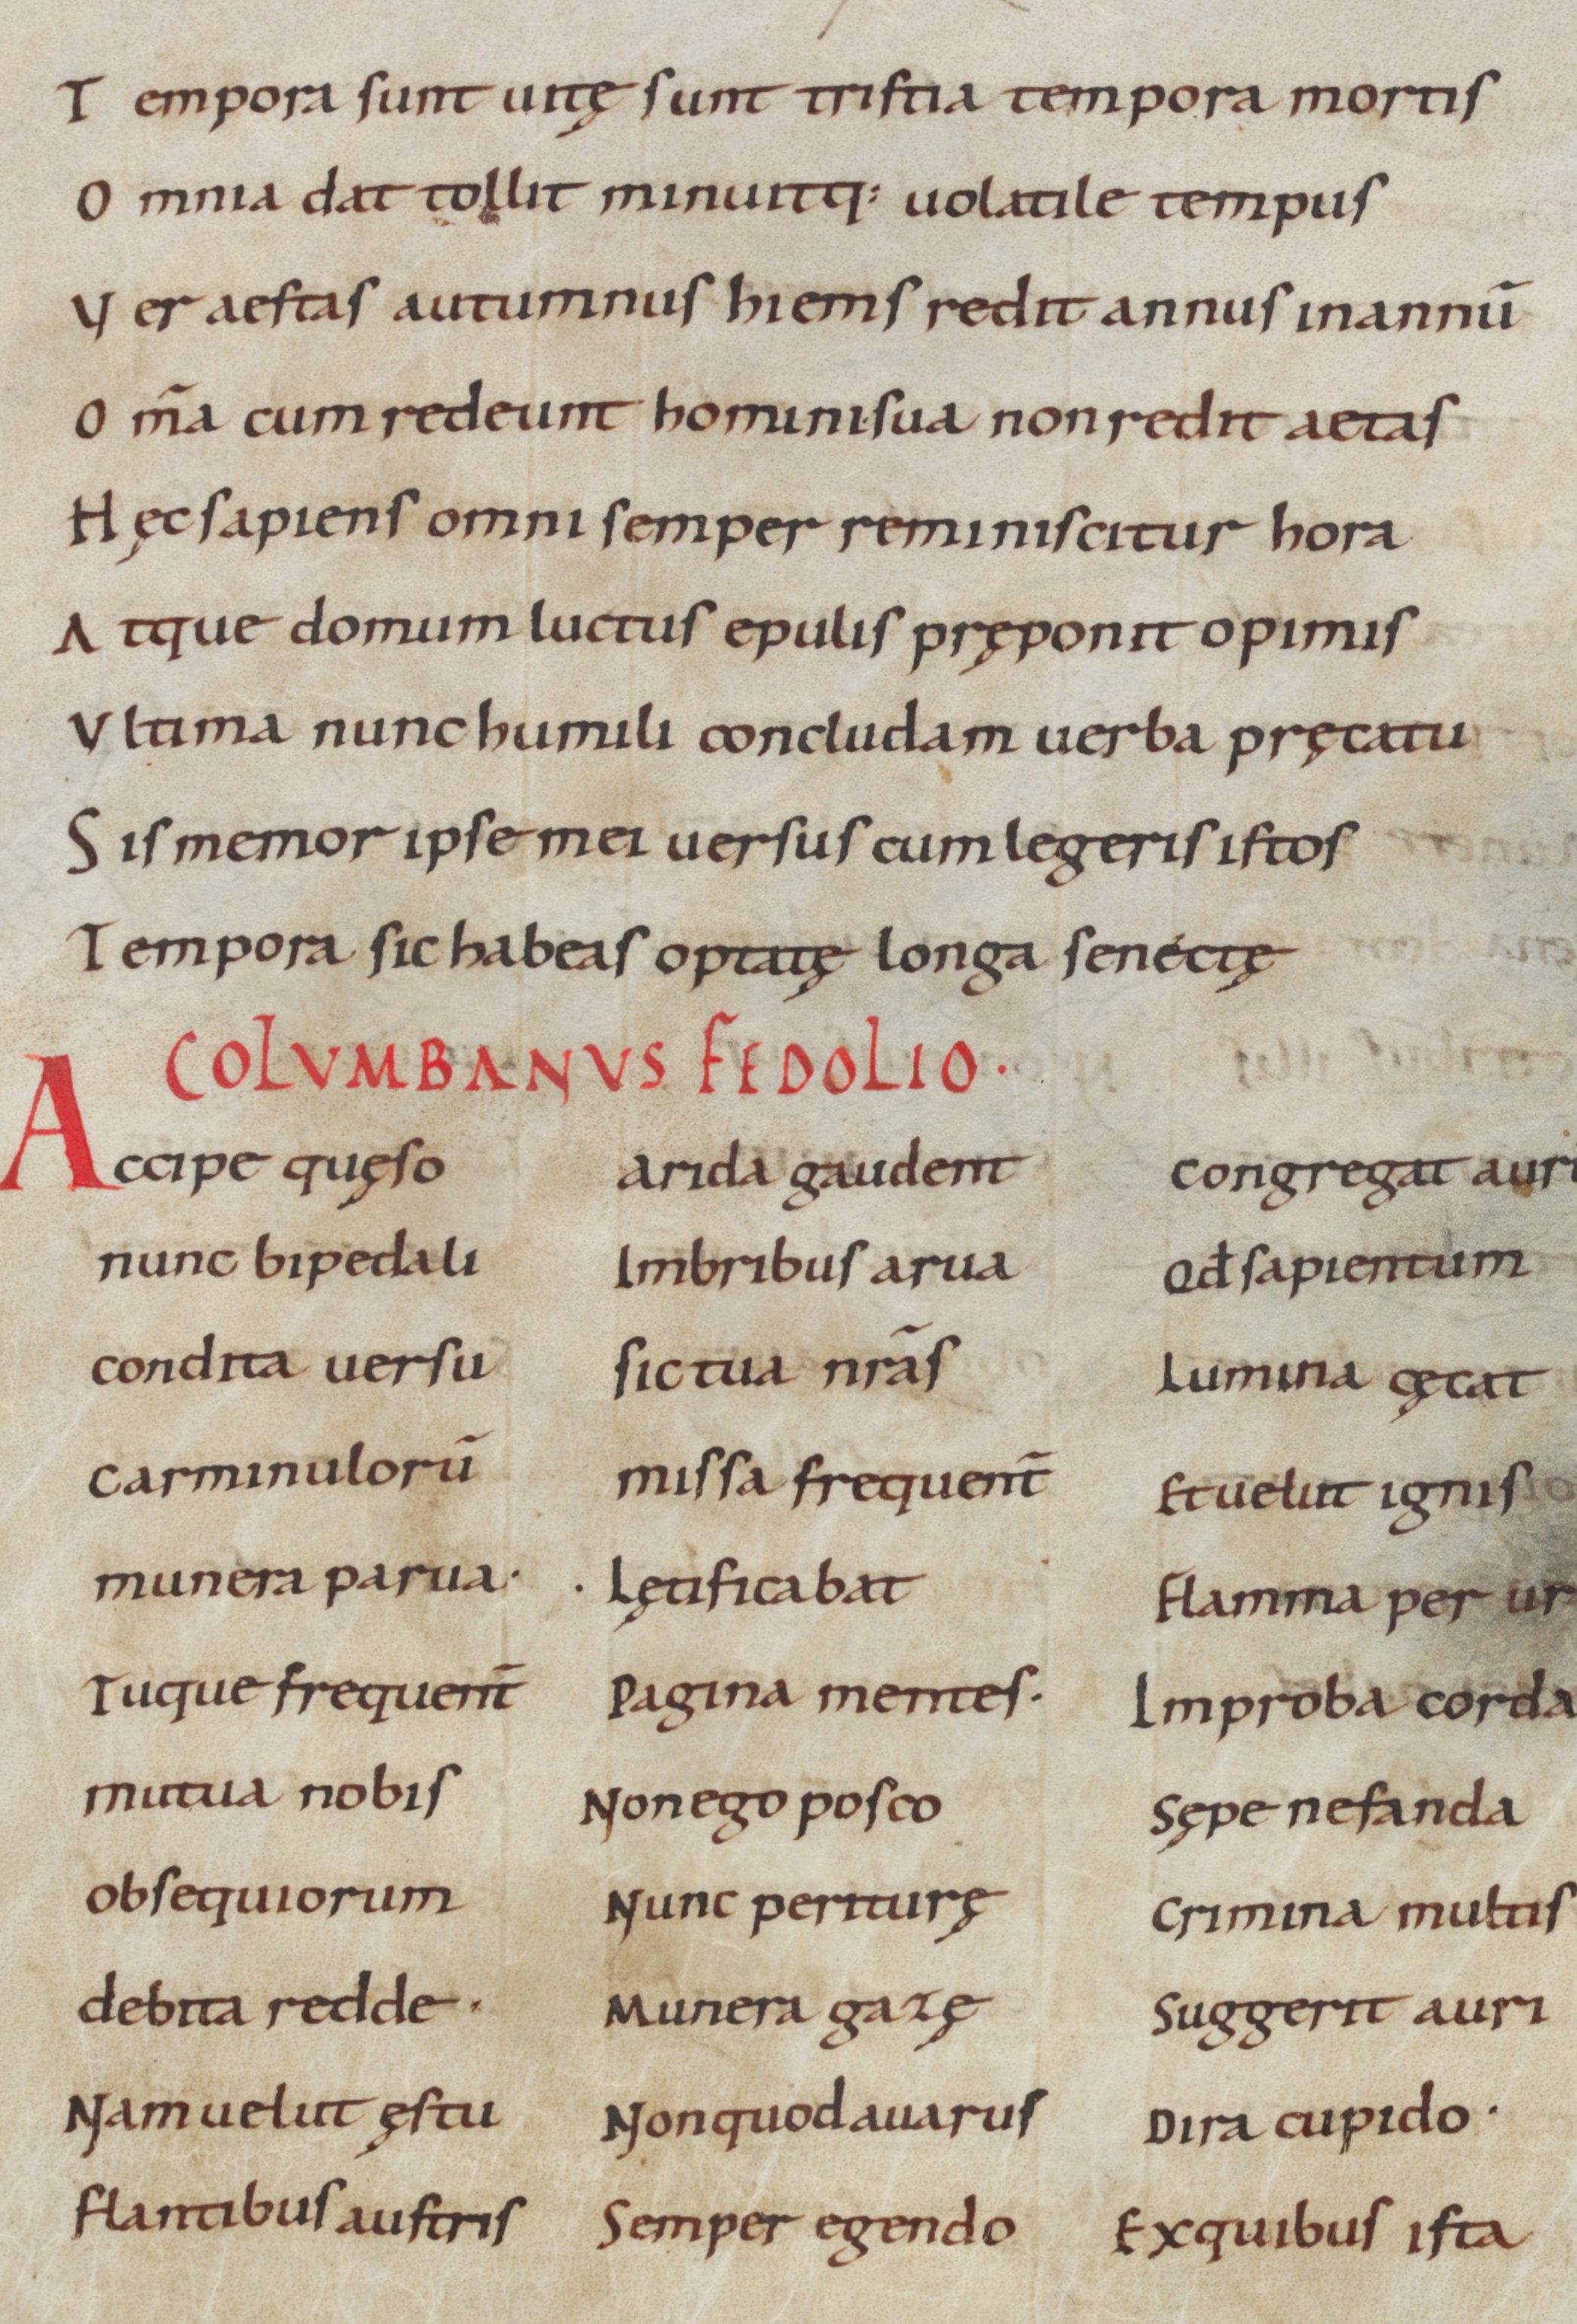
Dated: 900–999